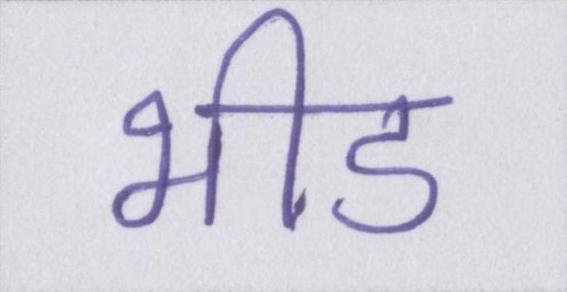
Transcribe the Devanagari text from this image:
भीड